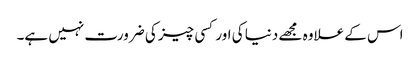
اس کے علاوہ مجھے دنیا کی اور کسی چیز کی ضرورت نہیں ہے۔